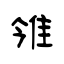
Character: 雂